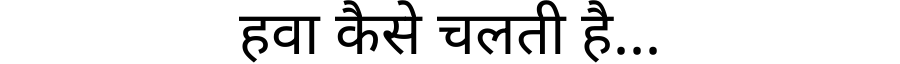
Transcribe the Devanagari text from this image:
हवा कैसे चलती है...